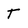
Character: T